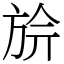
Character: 㫅